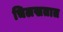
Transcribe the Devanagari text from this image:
चिलखतात